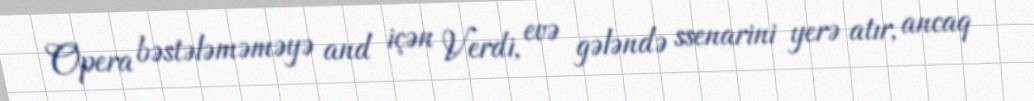
Opera bəstələməməyə and içən Verdi, evə gələndə ssenarini yerə atır, ancaq